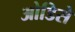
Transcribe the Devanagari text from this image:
ओडिसे